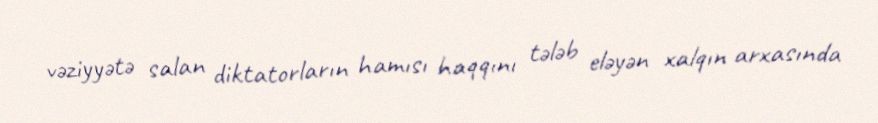
vəziyyətə salan diktatorların hamısı haqqını tələb eləyən xalqın arxasında